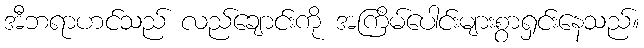
အီဘရာဟင်သည် လည်ချောင်းကို အကြိမ်ပေါင်းများစွာရှင်းနေသည်။